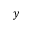
y